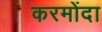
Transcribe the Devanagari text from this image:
करमोंदा